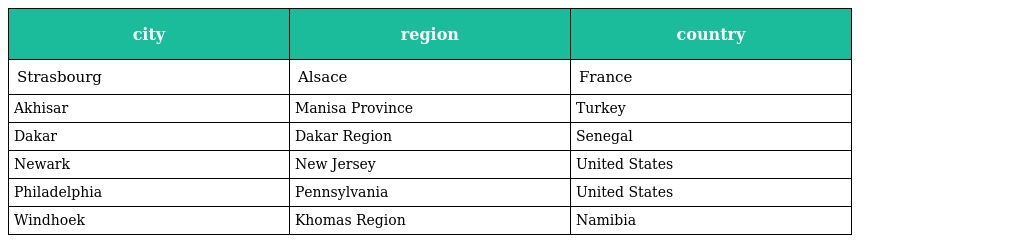
| city | region | country |
 | --- | --- | --- |
 | Strasbourg | Alsace | France |
 | Akhisar | Manisa Province | Turkey |
 | Dakar | Dakar Region | Senegal |
 | Newark | New Jersey | United States |
 | Philadelphia | Pennsylvania | United States |
 | Windhoek | Khomas Region | Namibia |